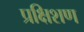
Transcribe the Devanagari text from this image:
प्रक्षिशण